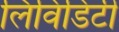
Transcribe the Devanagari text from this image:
लिविडिटी